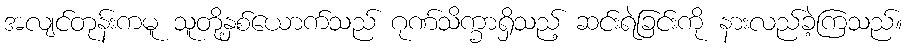
အလျင်တုန်းကမူ သူတို့နှစ်ယောက်သည် ဂုဏ်သိက္ခာရှိသည့် ဆင်းရဲခြင်းကို နားလည်ခဲ့ကြသည်။